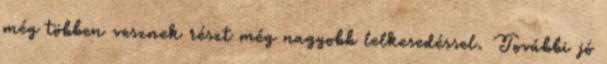
még többen vesznek részt még nagyobb lelkesedéssel. További jó